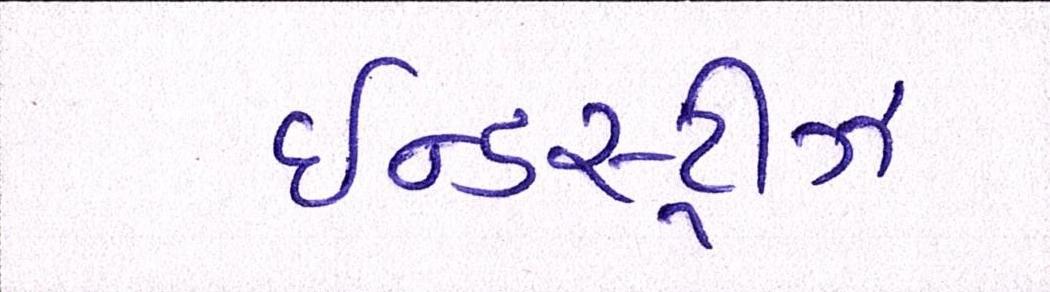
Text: ઈન્ડસ્ટ્રીઝ